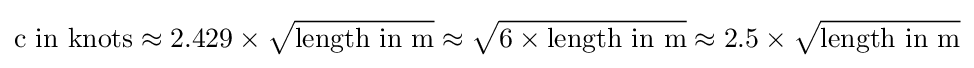
{\mbox{c in knots}}\approx 2.429\times {\sqrt {\mbox{length in m}}}\approx {\sqrt {6\times {\mbox{length in m}}}}\approx 2.5\times {\sqrt {\mbox{length in m}}}